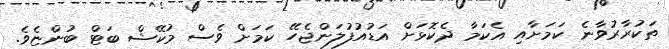
ތަކުރާރުވާނެ ކަމަށާއި އެކަމާ ދެކޮޅަށް އަޑުއުފުލަންޖެހޭ ކަމަށް ވެސް މުކޭޝް ބަޓް ބުންޏެވެ.